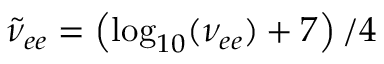
\tilde { \nu } _ { e e } = \left( \log _ { 1 0 } ( \nu _ { e e } ) + 7 \right) / 4